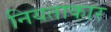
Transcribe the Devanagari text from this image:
नियताकार